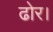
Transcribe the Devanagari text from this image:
ढोर।